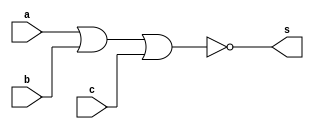
module Exercicio05(s, a, b, c);
	output s;
	input a, b, c;
	assign s = ~ (a | b | c);
endmodule

module testeExercicio05;
	reg a, b, c;
	wire r, s, t, w, z;

	Exercicio05 NOR1 (r, a, a, a);
	Exercicio05 NOR2 (s, b, b, b);
	Exercicio05 NOR3 (t, c, c, c);
	Exercicio05 NOR4 (w, r, s, t);
	Exercicio05 NOR5 (z, w, w, w);

	initial begin
		a = 0;
		b = 0;
		c = 0;
	end

	initial begin

		$display("Exercicio 05 - Douglas Borges - 417889");
		$display("Tabela verdade da porta NAND com 3 entradas utilizando portas NOR\n");

		#1 $display(" ~( a & b & c )  =  s  =>  ~( ~(a|a|a) | ~(b|b|b) | ~(c|c|c) )  =  s1  =>  ~( s1 | s1 | s1 )  =  s");
		#1 $monitor("    %b   %b   %b       %b             %b          %b          %b          %b          %d    %d    %d        %d", a, b, c, z, r, s, t, w, w, w, w, z);
		#1 a = 0; b = 0; c = 1;
		#1 a = 0; b = 1; c = 0;
		#1 a = 0; b = 1; c = 1;
		#1 a = 1; b = 0; c = 0;
		#1 a = 1; b = 0; c = 1;
		#1 a = 1; b = 1; c = 0;
		#1 a = 1; b = 1; c = 1;

	end

/*
Exercicio 05 - Douglas Borges - 417889
Tabela verdade da porta NAND com 3 entradas utilizando portas NOR

 ~( a & b & c )  =  s  =>  ~( ~(a|a|a) | ~(b|b|b) | ~(c|c|c) )  =  s1  =>  ~( s1 | s1 | s1 )  =  s
    0   0   0       1             1          1          1          0          0    0    0        1
    0   0   1       1             1          1          0          0          0    0    0        1
    0   1   0       1             1          0          1          0          0    0    0        1
    0   1   1       1             1          0          0          0          0    0    0        1
    1   0   0       1             0          1          1          0          0    0    0        1
    1   0   1       1             0          1          0          0          0    0    0        1
    1   1   0       1             0          0          1          0          0    0    0        1
    1   1   1       0             0          0          0          1          1    1    1        0
*/

endmodule